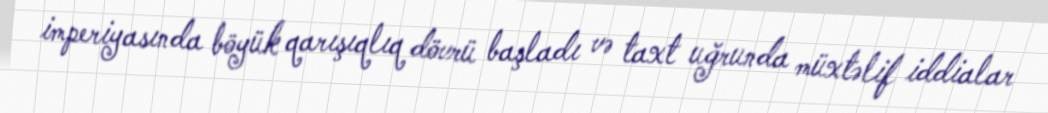
imperiyasında böyük qarışıqlıq dövrü başladı və taxt uğrunda müxtəlif iddialar